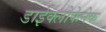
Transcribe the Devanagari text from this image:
डाईक्लोफेनेक